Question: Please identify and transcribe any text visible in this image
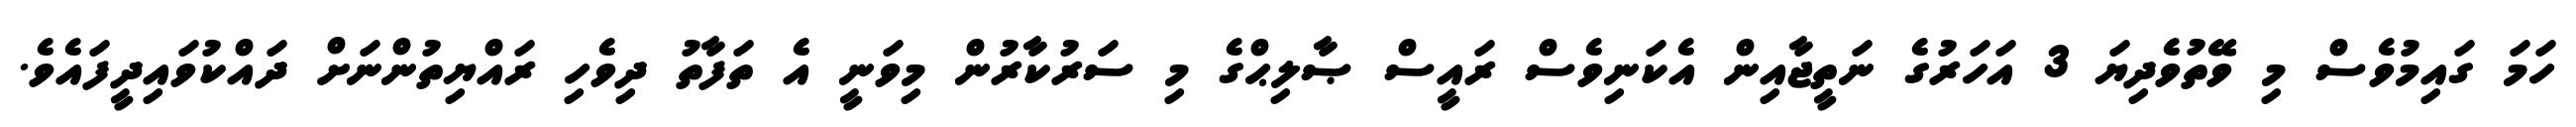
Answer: ހަމަ ގައިމުވެސް މި ވޭތުވެދިޔަ 3 އަހަރުގެ ނަތީޖާއިން އެކަނިވެސް ރައީސް ޞާލިޙްގެ މި ސަރުކާރުން މިވަނީ އެ ތަފާތު ދިވެހި ރައްޔިތުންނަށް ދައްކުވައިދީފައެވެ.